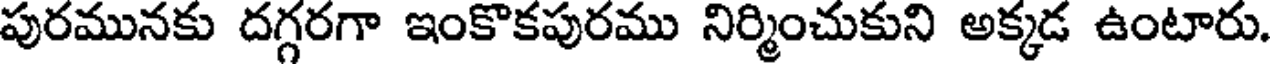
పురమునకు దగ్గరగా ఇంకొకపురము నిర్మించుకుని అక్కడ ఉంటారు.